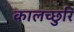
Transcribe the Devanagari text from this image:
कालच्छुरि